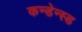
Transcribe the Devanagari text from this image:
कन्डेन्स्ड